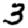
Digit: 3